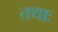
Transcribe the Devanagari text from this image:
तथाः